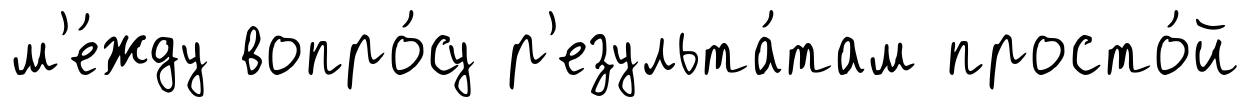
м'е́жду вопро́су р'езульта́там просто́й